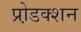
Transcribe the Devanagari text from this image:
प्रो़डक्शन